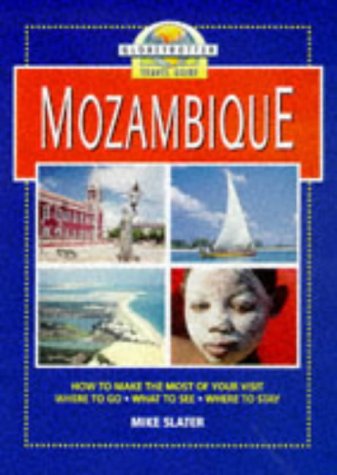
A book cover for Mozambique Travel Guide; Globetrotter; Travel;